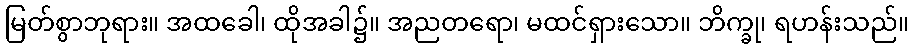
မြတ်စွာဘုရား။ အထခေါ၊ ထိုအခါ၌။ အညတရော၊ မထင်ရှားသော။ ဘိက္ခု၊ ရဟန်းသည်။